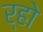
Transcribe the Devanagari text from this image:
र्‍हो